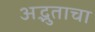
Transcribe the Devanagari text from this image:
अद्भुताचा